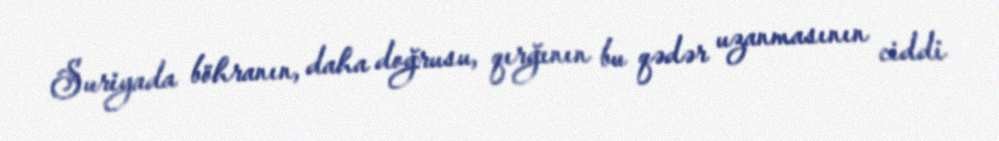
Suriyada böhranın, daha doğrusu, qırğının bu qədər uzanmasının ciddi